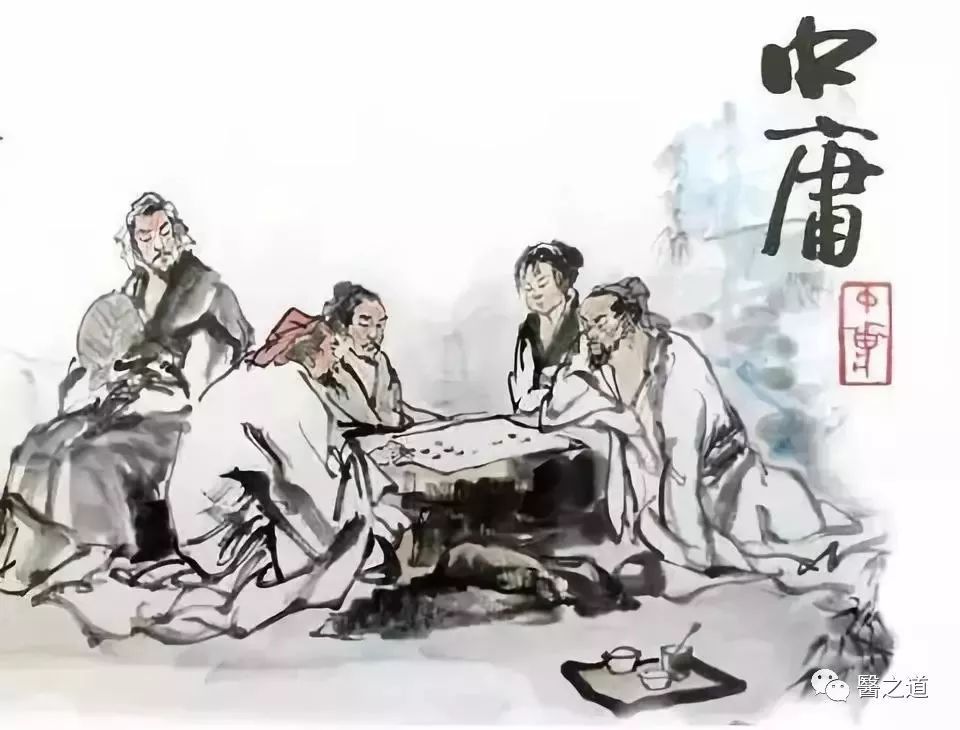
庸德之行，庸言之谨有所不足，不敢不勉